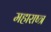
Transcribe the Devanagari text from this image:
महाराष्त्र